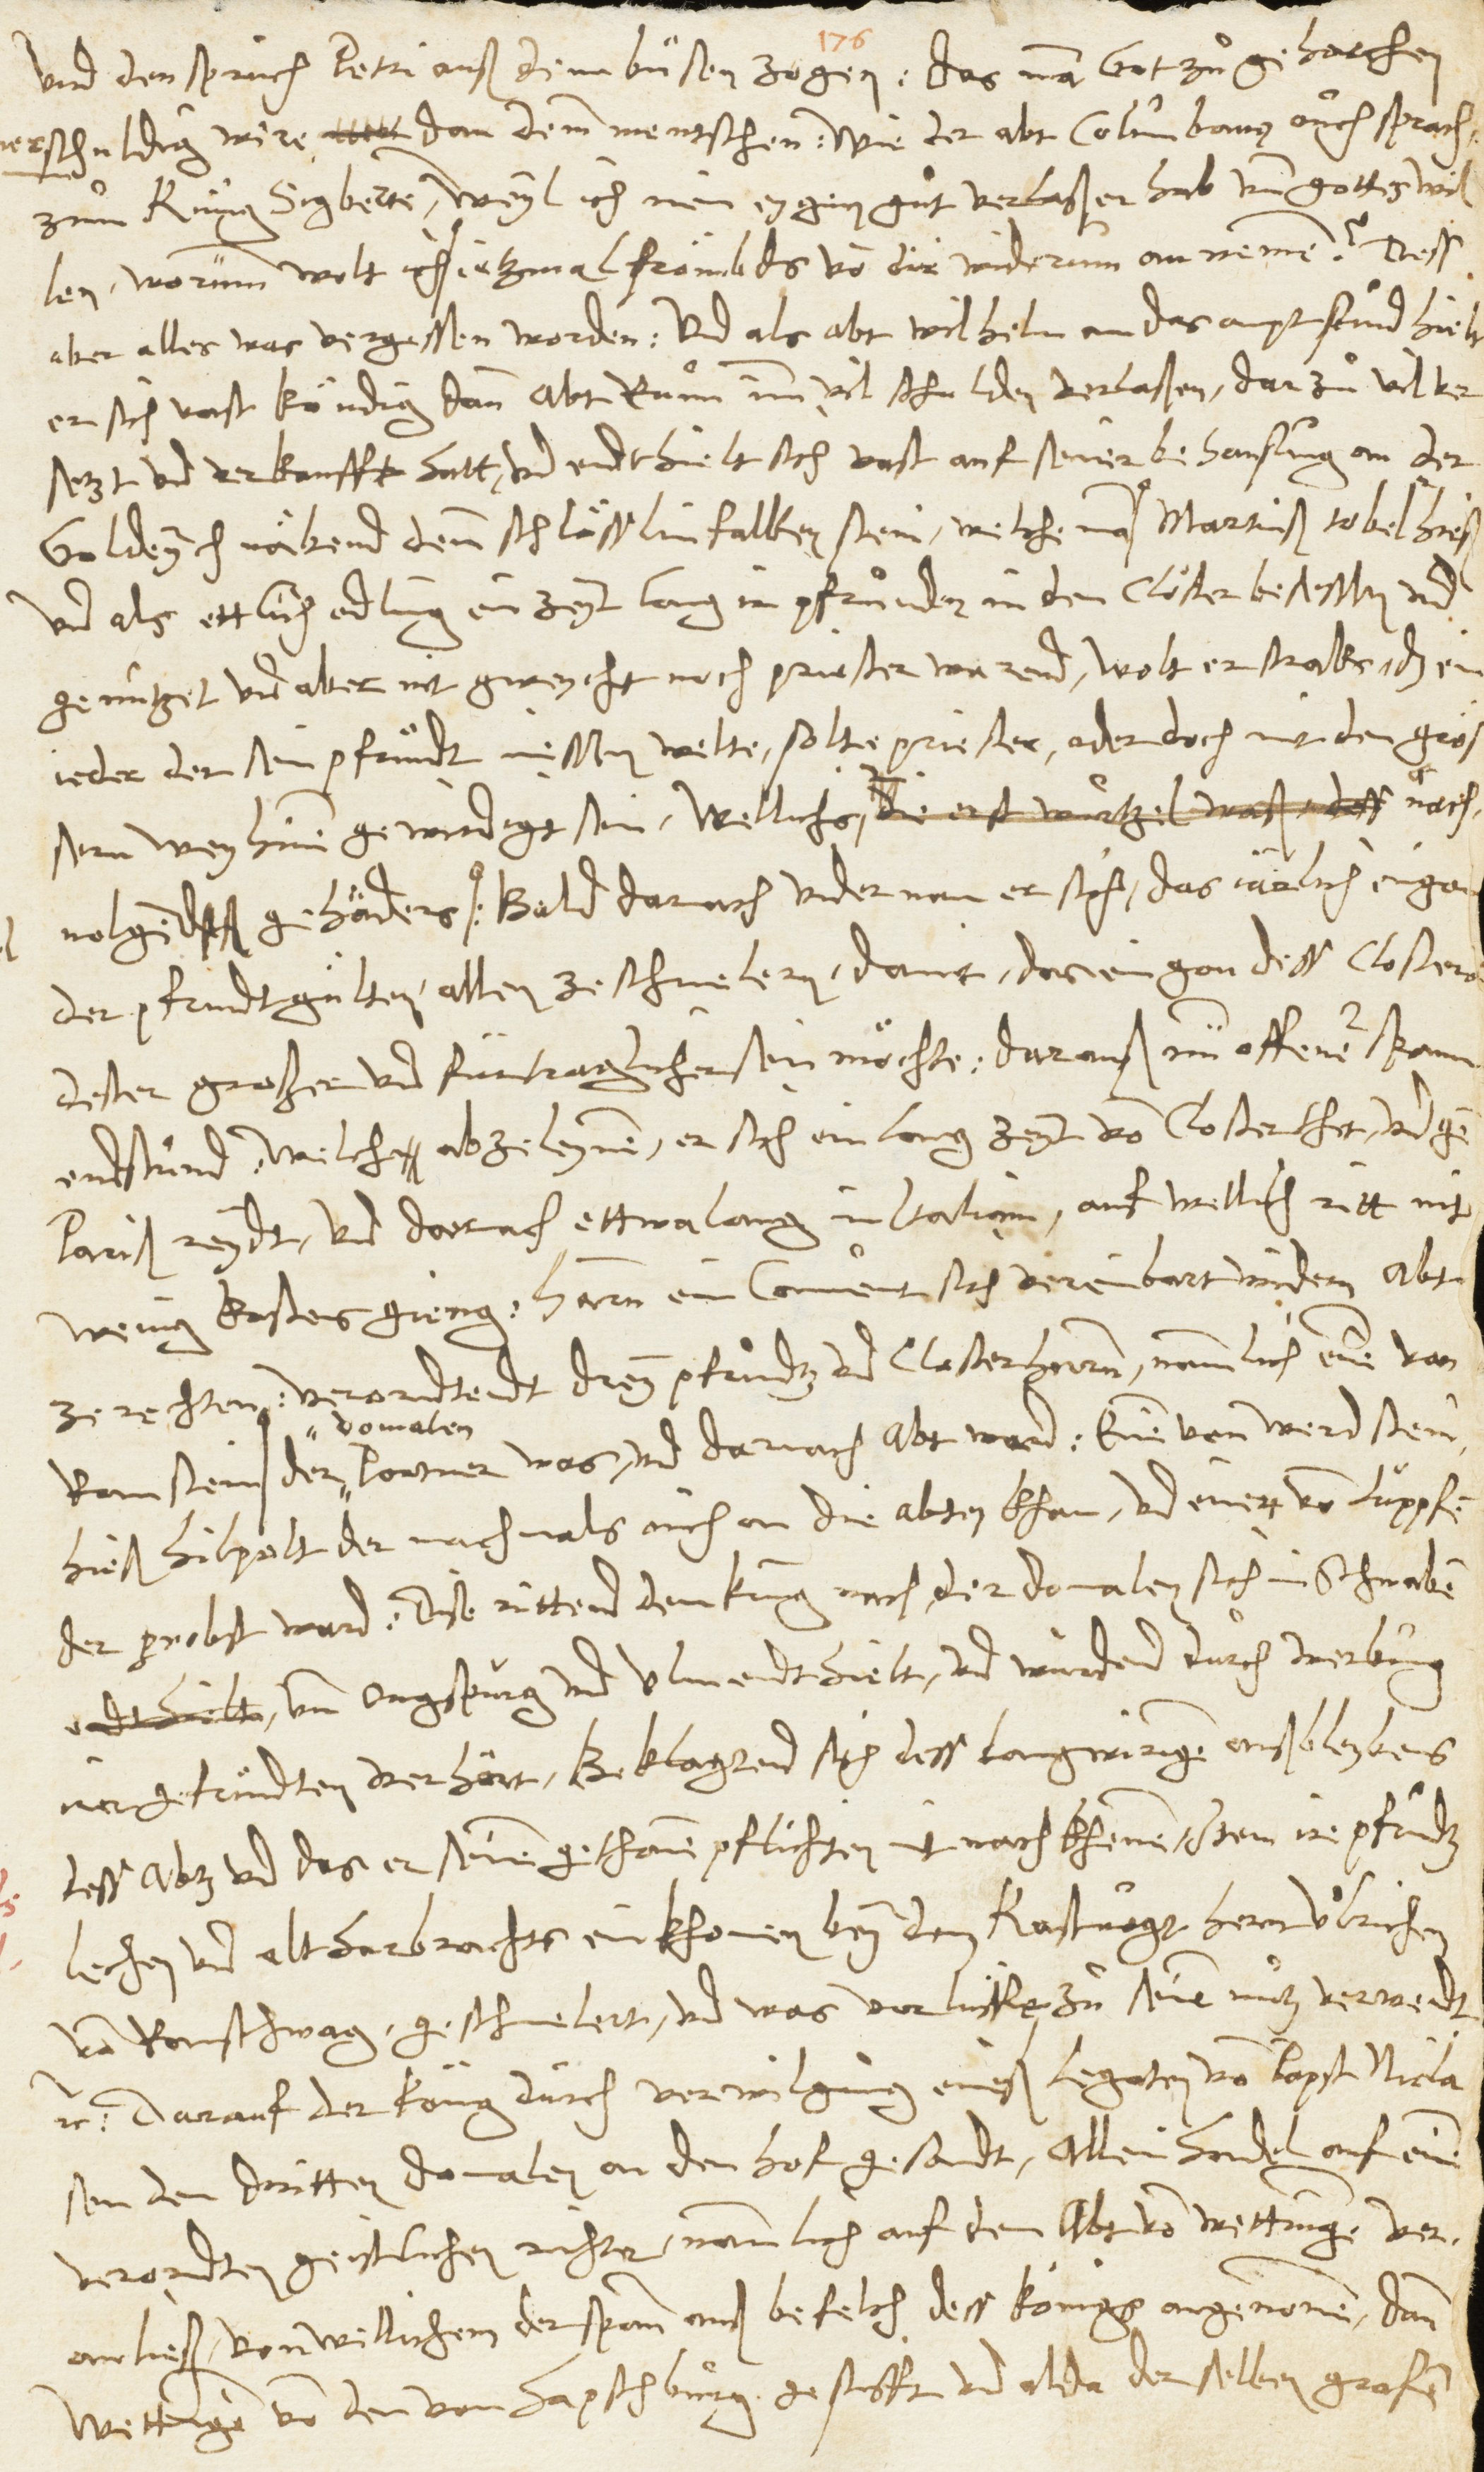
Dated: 1545–1546